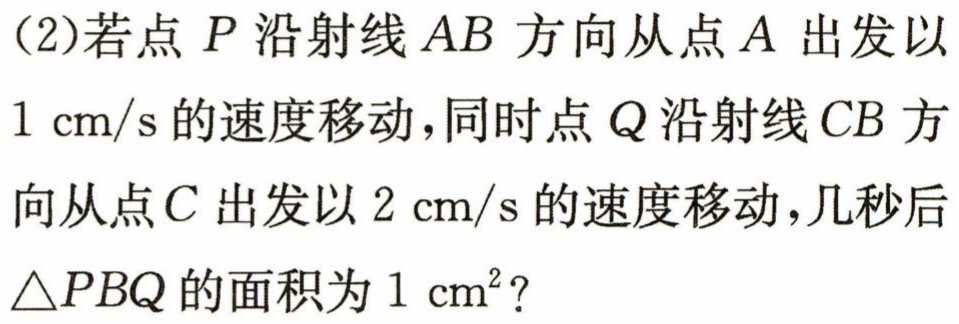
(2)若点 \(P\) 沿射线 \(AB\) 方向从点 \(A\) 出发以 \(1\mathrm{cm/s}\) 的速度移动，同时点 \(Q\) 沿射线 \(CB\) 方向从点 \(C\) 出发以 \(2\mathrm{cm/s}\) 的速度移动，几秒后 \(\triangle PBQ\) 的面积为 \(1\mathrm{cm}^{2}\)？